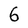
Character: 6